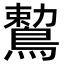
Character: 𪃠